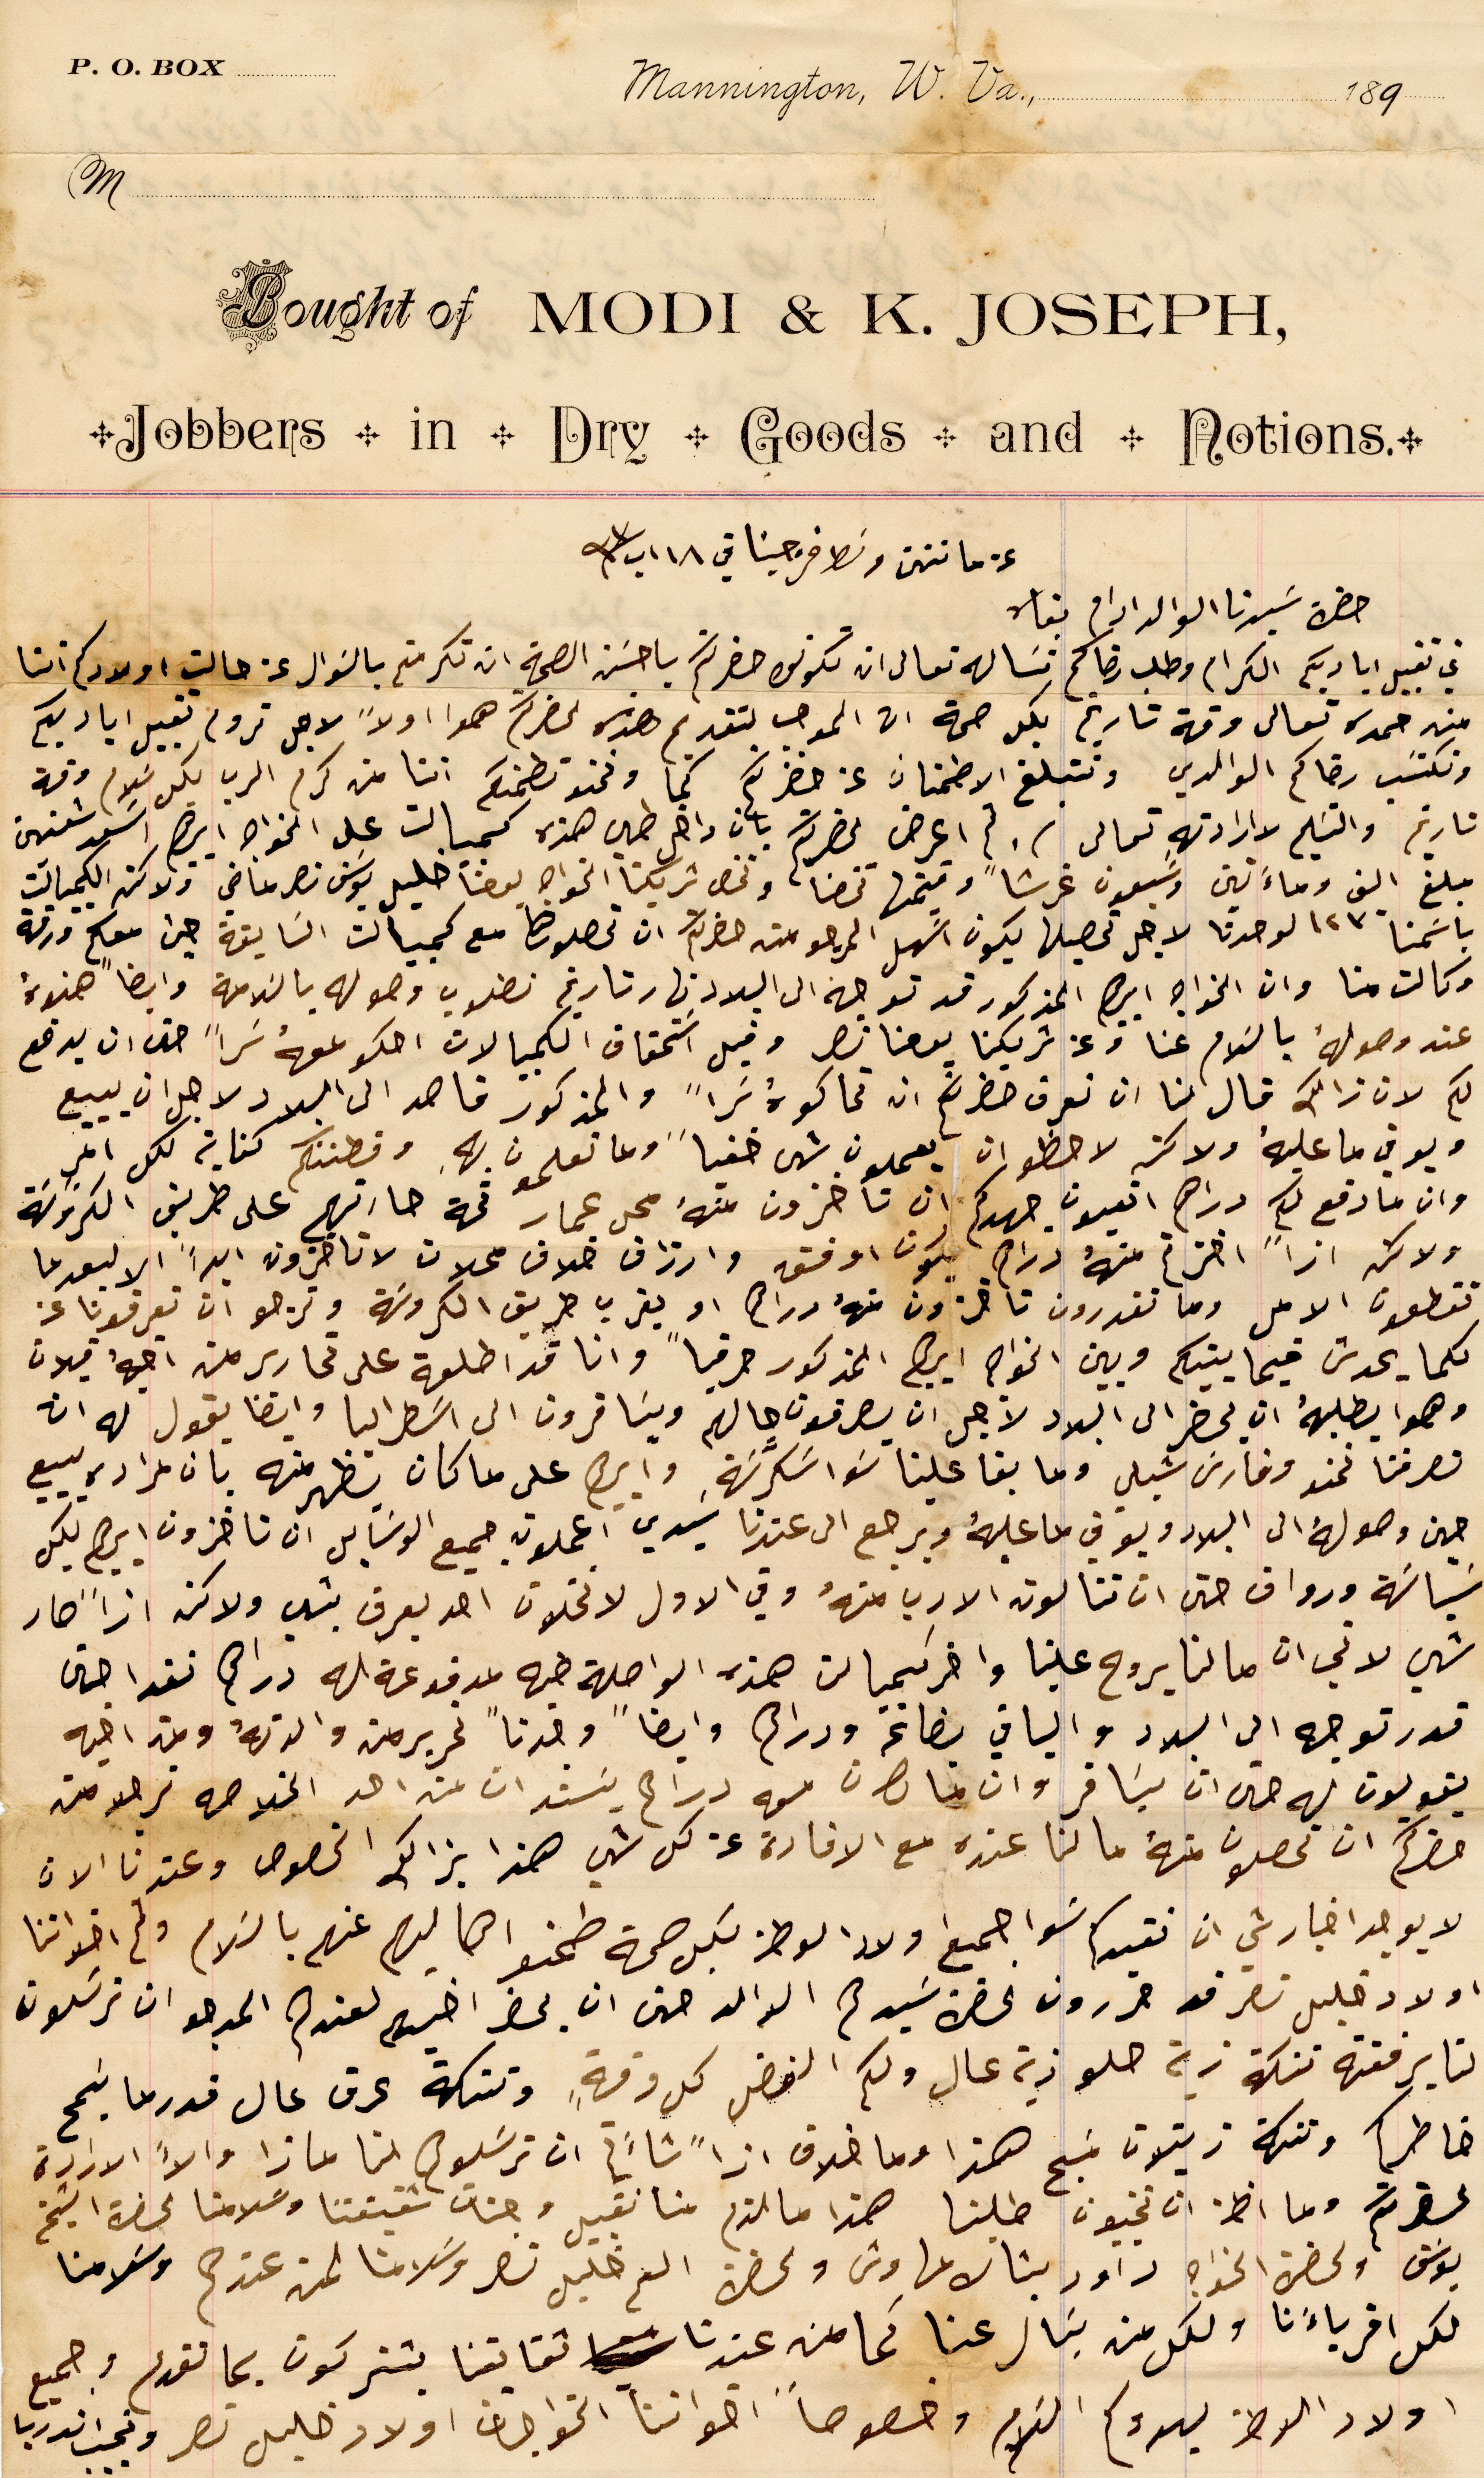
عن ماننتن وسَط فرجينا في ١٨ اب سنة ٩٣
* Jobbers * in * Dry * Goods * and * Notions, *
Bought of MODI & K. JOSEPH,
M.
P. O. BOX		Mannington, W. Va., 						189
حضرة سيدنا الوالد ادام بقاه
غب تقبيل اياديكم الكرام وطلب رضاكم نسَاله تعالى ان تكونوا حضرتكم باحسَن الصحة ان تكرمتم بالسَوال عن حالت اولادكم اننا
من حمده تعالى وقة تاريخه بكل صحة ان الموجب بتقديم هذه لحضرتكم هوا اولاً لاجل نروم تقبيل اياديكم
تاريخه والتسَليم لاراداتهِ تعالى. ثم اعرض لحضرتكم بان داخل طي هذه كمبيالت على الخواجه ابرهيم اسعد شعنين
مبلغ الف وماءَتين وسبعون غرشاً وقيمتها تخصنا وتخص شريكنا الخواجه يوحنا خليل يوسَف نصر ماضي ولاكن الكمبيالت
باسَمنا ١٢٣ لوحدنا لاجل تحصيلها يكون اسَهل المرجو من حضرتكم ان تحصلوها مع كمبيالت السابقة حيث معكم ورقة
وكالت منا وان الخواجه ابرهيم المذكور قد توجه الى البلاد نهار تاريخه نطلوب وصوله بالسَلامة وايضاً هذه
عند وصولهُ بالسَلام عنا وعن شريكنا يوحنا نصر وقيد اسَتحقاق الكمبيالات احكو معهُ سَراً حتى ان يدفع
لكم لان ذالك قال لنا ان نعرف حضرتكم ان تحاكوهُ سَراً والمذكور قاصد الى البلاد لاجل ان يبيع
ويوفي ما عليهُ ولاكن لاحظو ان يعملون شى خفياً وما تعلمون بهِ وفطنتكم كفاية لكل امرٍ
وان ما دفع لكم دراهم اتعبون جهدكم ان تاخزون منهُ محل عمار تحة حارتهم على طريقة الكروسَة
ولكن ازاً اخزتم منهُ دراهم يكون اوفق وارزاق خلاف محلات لا تاخزون ابداً الا بعدما
تقطعون الامل وما تقدرون تاخزون منهُ دراهم او بقرب طريق الكروسَة ونرجو ان تعرفونا عن
كلما يحدث فيما بينكم وبين الخواجه ابرهيم المذكور حرفياً وانا قد اطلعة على تحارير من اخيهُ قبلان
وهو يطلبهُ ان يحضر الى البلاد لاجل ان يعرفون حالهم ويسَافرون الى اسَطراليا وايضا يقول له ان
تصرفنا نحنو وفارسَ شبلي وما بقا علينا سَوا سكرّنة وابيهم على ما كان يظهر منه بان مراده يبيع
حين وصولهُ الى البلاد ويوفي ما عليهُ ويرجع الى عندنا سَيدي اعملون جميع الوسَايل ان تاخزون ابيهم بكل
سَياسَة ورواق حتى ان تنالون الارب منهُ وفي الاول لا تخلون احد يعرف بشي ولاكن ازاَ صار
شي لاغي ان مالنا يروح علينا واخر كمبيالت هذه الواصلة طيه مدفوعة له دراهم نقدا حتى
قدر توجه الى البلاد والباقي بضاعة ودراهم وايضاً وجدناً تحرير من والدتهُ ومن اخيه
يقولون له حتى ان يسَافر وان ما كان معه دراهم يَستدان من احد الخلاصه نرجو من
حضرتكم ان تحصلون منهُ ما لنا عنده مع الافادة عن كل شي هذا بذالك الخصوص وعندنا الان
لا يوجد اخبار شي ان نفيدكم سَوا جميع اولاد الوطن بكل صحة طمنو اهاليهم عنهم بالسَلام ولم اخواتنا
اولاد خليل نصر قد حررون لحضرة سَيدهم الوالد حتى ان يحضر اخيهم لعندهم المرجو ان ترسَلون
لنا برفقته تنكة زيت حلو زيت عال ولكم الفضل كل وقةٍ وتنكة عرق عال قدرما يسَمح
خاطركم وتنكة زيتون مسَبح هذا وما خلاف اذاً شاءَكم ان ترسَلوهم لنا عازا والاَّ الارادة
لحضرتكم وما اظن ان تخيبون طلبنا هذا ما لزم منا تقبيل وجنات شقيقتنا وسَلامنا لحضرة الشيخ
يوسَف ولحضرة الخواجه داود بشاره مهاوش ولحضرة الشيخ خليل نصر وسَلامنا لمن عندهم وسَلامنا
لكل اقرباءَنا ولكل من يسَال عنا كما من عندنا شقايقنا يشتركون بما تقدم وجميع
اولاد الوطن يهدوكم السَلام وخصوصاً اخواننا الخواجات اولاد خليل نصر ونجيب اندريا
ونكتسَب رضاكم الوالدي ونتبلغ الاطمنان عن حضرتكم كما ونحن نطمنكم اننا من كرم الرب بكل سَلام وقة